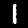
Digit: 1